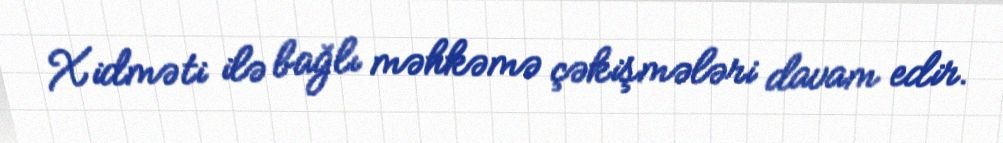
Xidməti ilə bağlı məhkəmə çəkişmələri davam edir.